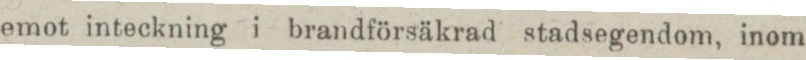
emot inteckning i brandförsäkrad stadsegendom, inom